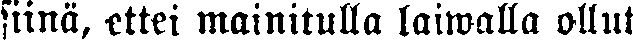
siinä, ettei mainitulla laiwalla ollut